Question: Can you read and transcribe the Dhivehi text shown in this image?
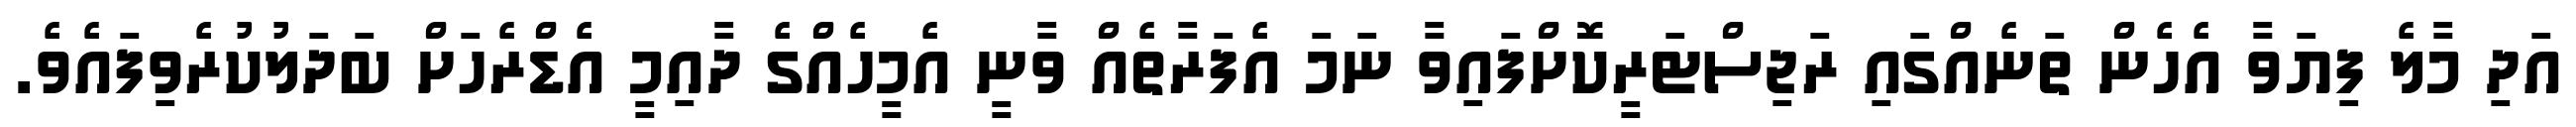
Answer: އަދި މާލެ ފިޔަވާ އެހެން ތަނެއްގައި ރަޖިސްޓަރީކޮށްފައިވާ ނަމަ އެފަރާތެއް ވާނީ އެމީހެއްގެ ދާއިމީ އެޑްރެހަށް ބަދަލުކުރެވިފައެވެ.